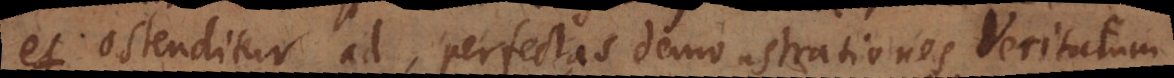
et ostenditur ad perfectas demonstrationes Veritatum